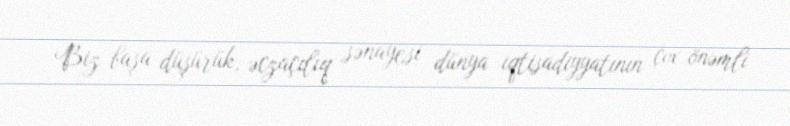
Biz başa düşürük, əczaçılıq sənayesi dünya iqtisadiyyatının çox önəmli